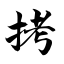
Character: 拷